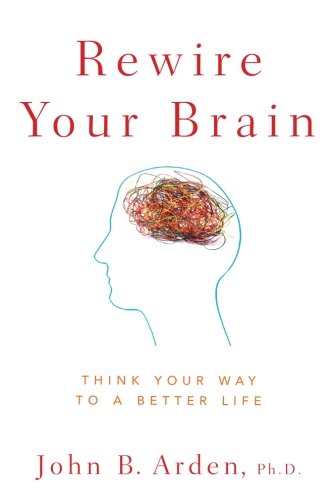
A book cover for Rewire Your Brain: Think Your Way to a Better Life; John B. Arden; Self-Help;